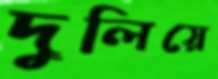
দুলিয়ে